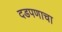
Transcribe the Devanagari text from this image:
दडपणाचा